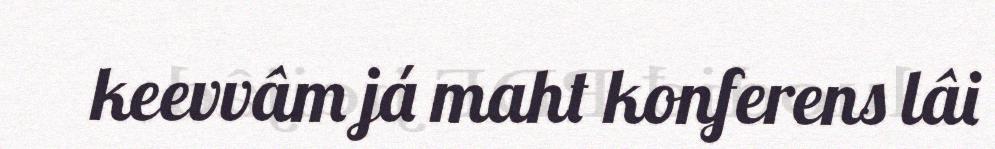
keevvâm já maht konferens lâi